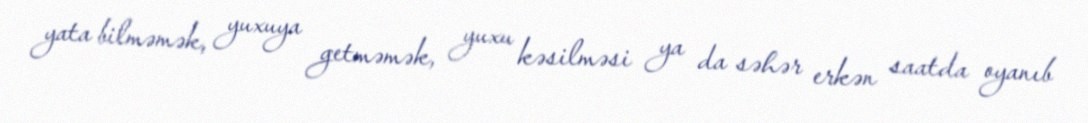
yata bilməmək, yuxuya getməmək, yuxu kəsilməsi ya da səhər erkən saatda oyanıb